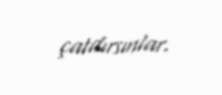
çatdırsınlar.